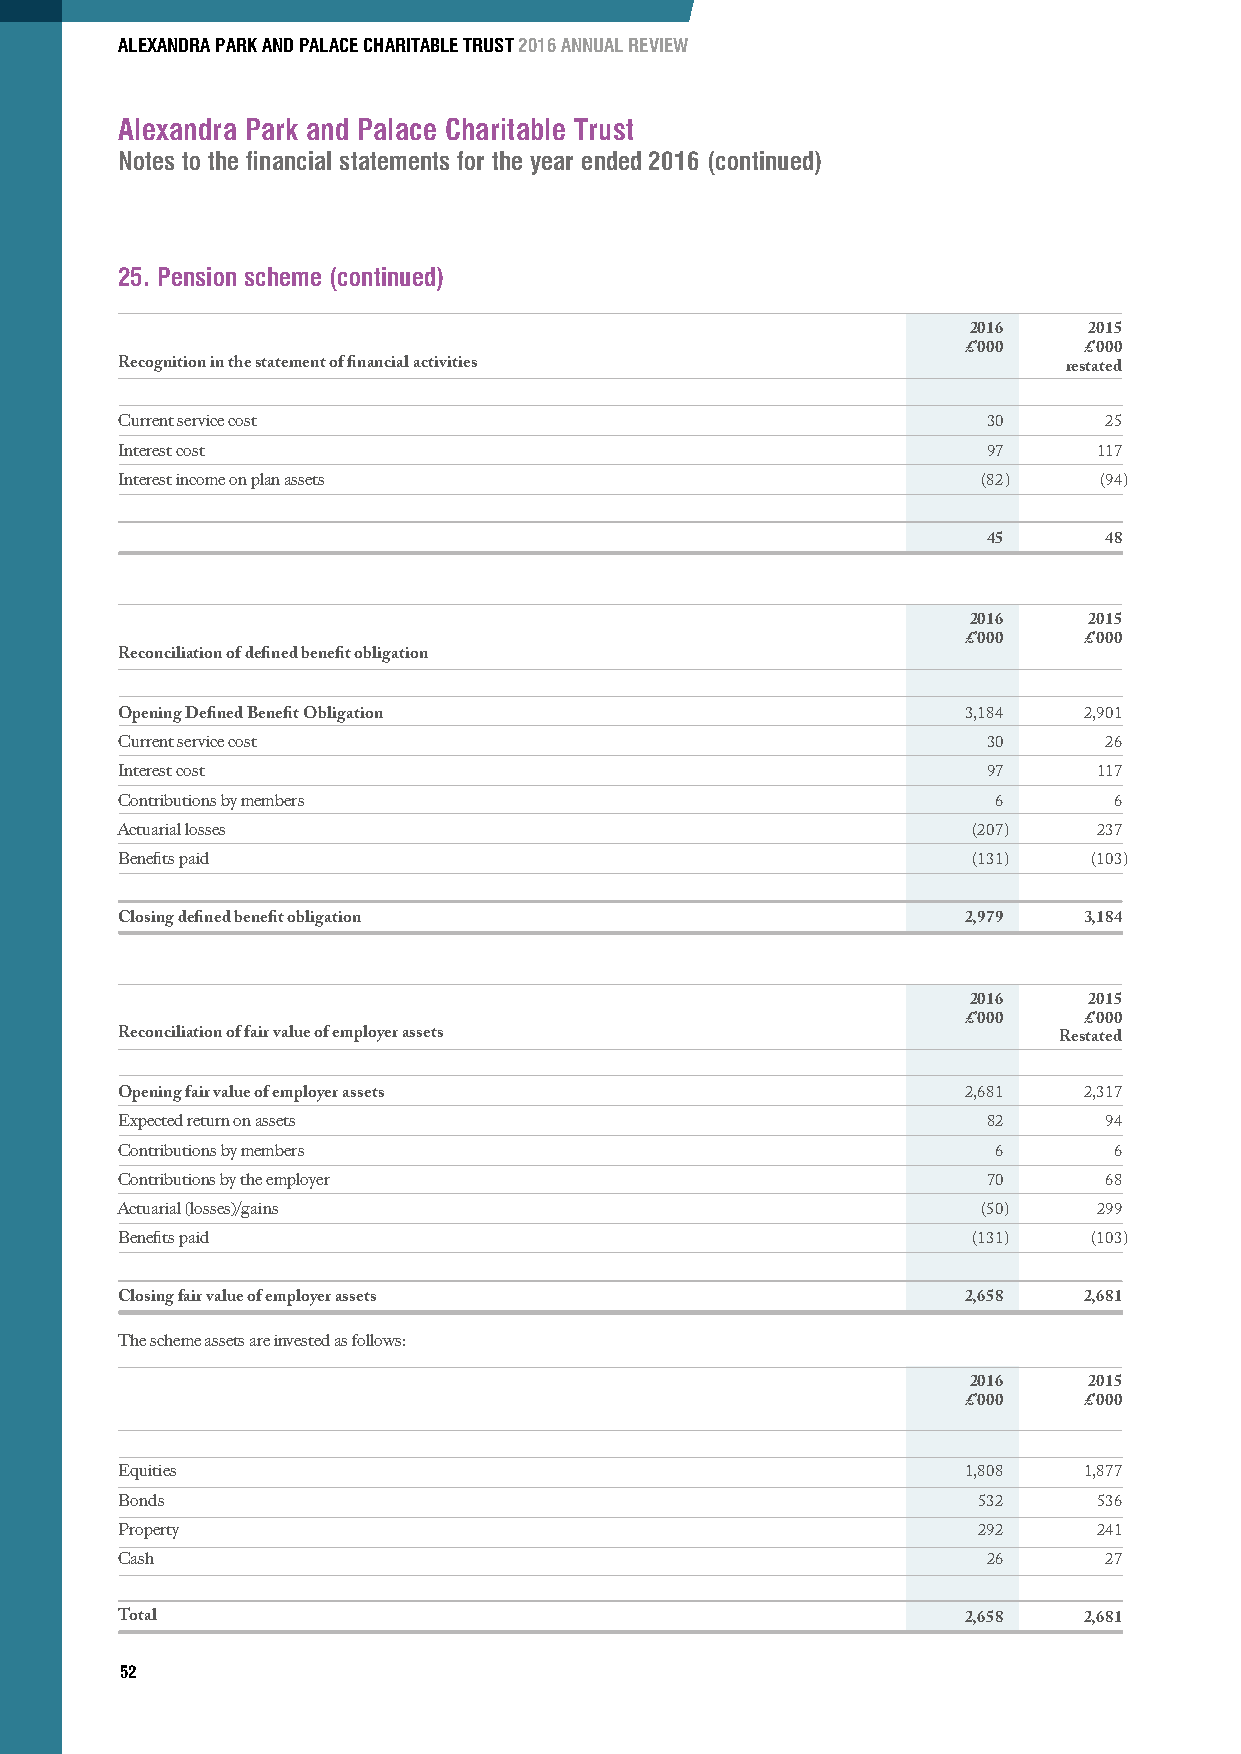
ALEXANDRA PARK AND PALACE CHARITABLE TRUST 2016 ANNUAL REVIEW
 Alexandra Park and Palace Charitable Trust
 Notes to the financial statements for the year ended 2016 (continued)
 25. Pension scheme (continued)
 2016    2015
 £’000   £’000
 Recognition in the statement of financial activities           restated
 Current service cost                                     30      25
 Interest cost                                            97      117
 Interest income on plan assets                           (82)    (94)
 45      48
 2016    2015
 £’000   £’000
 Reconciliation of defined benefit obligation
 Opening Defined Benefit Obligation                      3,184   2,901
 Current service cost                                     30      26
 Interest cost                                            97      117
 Contributions by members                                  6       6
 Actuarial losses                                        (207)    237
 Benefits paid                                           (131)   (103)
 Closing defined benefit obligation                      2,979   3,184
 2016    2015
 £’000   £’000
 Reconciliation of fair value of employer assets               Restated
 Opening fair value of employer assets                   2,681   2,317
 Expected return on assets                                82      94
 Contributions by members                                  6       6
 Contributions by the employer                            70      68
 Actuarial (losses)/gains                                 (50)    299
 Benefits paid                                           (131)   (103)
 Closing fair value of employer assets                   2,658   2,681
 The scheme assets are invested as follows:
 2016    2015
 £’000   £’000
 Equities                                                1,808   1,877
 Bonds                                                    532     536
 Property                                                 292     241
 Cash                                                     26      27
 Total                                                   2,658   2,681
 52